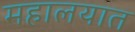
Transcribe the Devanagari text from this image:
महालयात